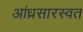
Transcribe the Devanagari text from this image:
आंध्रसारस्वत